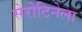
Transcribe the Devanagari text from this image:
सेरोटिनेला